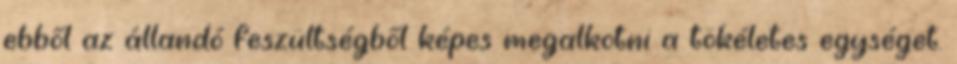
ebből az állandó feszültségből képes megalkotni a tökéletes egységet.